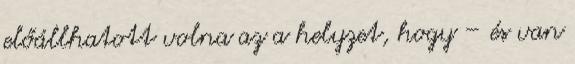
előállhatott volna az a helyzet, hogy – és van